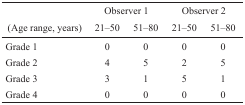
<table><thead><tr><td rowspan="2"><b>(Age range, years)</b></td><td colspan="2"><b>Observer 1</b></td><td colspan="2"><b>Observer 2</b></td></tr><tr><td><b>21–50</b></td><td><b>51–80</b></td><td><b>21–50</b></td><td><b>51–80</b></td></tr></thead><tbody><tr><td>Grade 1</td><td>0</td><td>0</td><td>0</td><td>0</td></tr><tr><td>Grade 2</td><td>4</td><td>5</td><td>2</td><td>5</td></tr><tr><td>Grade 3</td><td>3</td><td>1</td><td>5</td><td>1</td></tr><tr><td>Grade 4</td><td>0</td><td>0</td><td>0</td><td>0</td></tr></tbody></table>